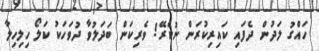
ހައްގު ލަދުން ދެފައި ކައިރިކުރަން ނުކެރޭ! ވެރިކަން ބަދަލުވާ ދުވަހަކު ކަލޯ ހިލިހިލާ